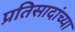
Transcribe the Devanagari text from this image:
प्रतिसादांच्या